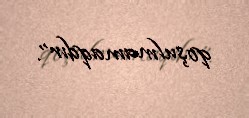
qoşulmamaqdır”.